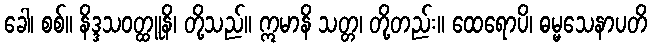
ခေါ၊ စစ်။ နိဒ္ဒသဝတ္ထူနိ၊ တို့သည်။ ဣမာနိ သတ္တ၊ တို့တည်း။ ထေရောပိ၊ ဓမ္မသေနာပတိ